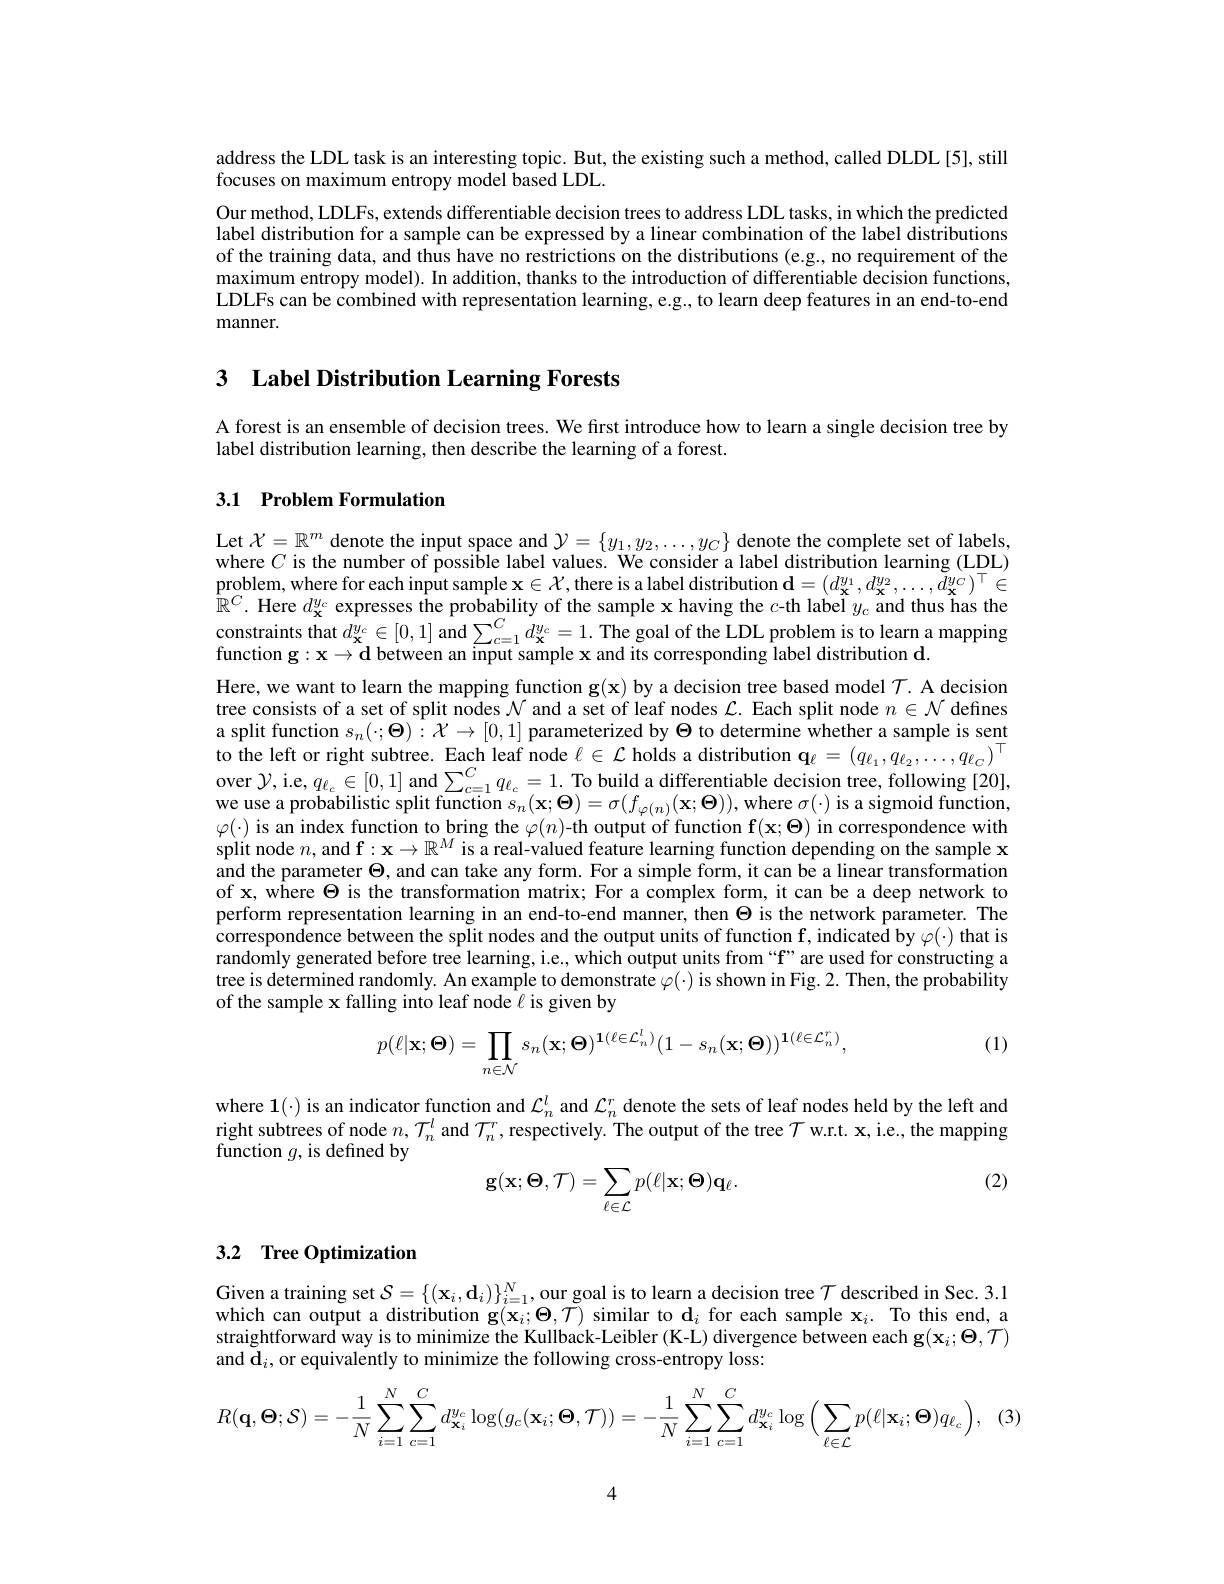
address the LDL task is an interesting topic. But, the existing such a method, called DLDL[5], still
focuses on maximum entropy model based LDL.
Our method, LDLFs, extends differentiable decision trees to address LDL tasks, in which the predicted label distribution for a sample can be expressed by a linear combination of the label distributions of the training data, and thus have no restrictions on the distributions (e.g., no requirement of the maximum entropy model). In addition, thanks to the introduction of differentiable decision functions, LDLFs can be combined with representation learning, e.g., to learn deep features in an end-to-end manner.

3 Label Distribution Learning Forests

A forest is an ensemble of decision trees. We first introduce how to learn a single decision tree by
label distribution learning, then describe the learning of a forest.

## 3.1 Problem Formulation

Let $\mathcal{X}=\mathbb{R}^m$ denote the input space and $\mathcal{Y}=\{y_1,y_2,\ldots,y_C\}$ denote the complete set of labels, where $C$ is the number of possi$\hat{\text{ble label values. We consider a label distribution learning (LDL)}}$ $\underset{\mathbb{m}C}{\operatorname*{\operatorname*{\operatorname*{\operatorname*{problem,~where~for~each~input~sample~x\in\mathcal{X},\mathrm{there~is~a~label~distribution~d=(d_{\mathbf{x}}^{y_{1}},d_{\mathbf{x}}^{y_{2}},\ldots,d_{\mathbf{x}}^{y_{c}})^{\top}\in}}}}}}$ $\bar{\mathbb{R}}^C.$ Here $d_\mathbf{x}^{y_c}$ expresses the probability of the sample x having the $c$-th label $y_c$ and thus has the constraints that $\hat{d_{\mathbf{x}}^{y_{c}}\in[0,1]\text{ and}\sum_{c=1}^{C}d_{\mathbf{x}}^{y_{c}}=1.\text{ The goal of the LDL problem is to learn a mapping}}$ function $\mathbf{g}:\mathbf{x}\to\mathbf{d}$ between an input sample x and its corresponding label distribution d.
Here, we want to learn the mapping function $\mathbf{g}(\mathbf{x})$ by a decision tree based model $\mathcal{T}.$ A decision tree consists of a set of split nodes $\mathcal{N}$ and a set of leaf nodes $\mathcal{L}.$ Each split node $n\in\mathcal{N}$ defines a split function $s_n(\cdot;\Theta):\mathcal{X}\to[0,1]$ parameterized by $\Theta$ to determine whether a sample is sent to the left or right subtree. Each leaf node $\ell\in\mathcal{L}$ holds a distribution q$\ell=(q_{\ell_1},q_{\ell_2},\ldots,q_{\ell_C})^\top$ over $\mathcal{Y}$,i.e, $q_{\ell_{c}}\in[0,1]$ and $\sum_c=1^{C}q_{\ell_{c}}=1.$ To build a differentiable decision tree, following [20], we use a probabilistic split function $s_n(\mathbf{x};\mathbf{\Theta})=\sigma(f_{\varphi(n)}(\mathbf{x};\mathbf{\Theta}))$, where $\sigma(\cdot)$ is a sigmoid function, $\varphi(\cdot)$ is an index function to bring the $\varphi(n)$-th output of function $\mathbf{f}(\mathbf{x};\mathbf{\Theta})$ in correspondence with split node $n$, and $\mathbf{f}:\mathbf{x}\to\mathbb{R}^M$ is a real-valued feature learning function depending on the sample x and the parameter $\Theta$, and can take any form. For a simple form, it can be a linear transformation of x, where $\Theta$ is the transformation matrix; For a complex form, it can be a deep network to perform representation learning in an end-to-end manner, then $\Theta$ is the network parameter. The correspondence between the split nodes and the output units of function $\mathbf{f} , \hat {\text{indicated by }\varphi }( \cdot )$ that is randomly generated before tree learning, i.e., which output units from “f”are used for constructing a tree is determined randomly. An example to demonstrate $\varphi(\cdot)$ is shown in Fig. 2. Then, the probability of the sample x falling into leaf node $\ell$ is given by
$$p(\ell|\mathbf{x};\mathbf{\Theta})=\prod\limits_{n\in\mathcal{N}}s_n(\mathbf{x};\mathbf{\Theta})^{\mathbf{1}(\ell\in\mathcal{L}_n^l)}(1-s_n(\mathbf{x};\mathbf{\Theta}))^{\mathbf{1}(\ell\in\mathcal{L}_n^r)},$$
(1)

where $\mathbf{1}(\cdot)$ is an indicator function and $\mathcal{L}_n^l$ and $\mathcal{L}_n^r$ denote the sets of leaf nodes held by the left and right subtrees of node $n,T_n^l$ and $\mathcal{T}_n^r$,respectively. The output of the tree $\mathcal{T}$ w.r.t. x, i.e., the mapping function $g$, is defined by
$$\mathbf{g}(\mathbf{x};\mathbf{\Theta},\mathcal{T})=\sum_{\ell\in\mathcal{L}}p(\ell|\mathbf{x};\mathbf{\Theta})\mathbf{q}_{\ell}.$$
(2)

## 3.2 Tree Optimization

Given a training set $\mathcal{S}=\{(\mathbf{x}_i,\mathbf{d}_i)\}_{i=1}^N$, our goal is to learn a decision tree $\mathcal{T}$ described in Sec. 3.1 which can output a distribution g$(\mathbf{x}_i;\Theta,\tilde{T})$ similar to $\mathbf{d}_i$ for each sample $\mathbf{x}_i.$ To this end, a straightforward way is to minimize the Kullback-Leibler (K-L) divergence between each $\mathbf{g}(\mathbf{x}_i;\Theta,\mathcal{T})$ and $\tilde{\mathbf{d}}_i$,or equivalently to minimize the following cross-entropy loss:

(3)
$$R(\mathbf{q},\Theta;\mathcal{S})=-\frac{1}{N}\sum_{i=1}^{N}\sum_{c=1}^{C}d_{\mathbf{x}_{i}}^{y_{c}}\log(g_{c}(\mathbf{x}_{i};\Theta,\mathcal{T}))=-\frac{1}{N}\sum_{i=1}^{N}\sum_{c=1}^{C}d_{\mathbf{x}_{i}}^{y_{c}}\log\Big(\sum_{\ell\in\mathcal{L}}p(\ell|\mathbf{x}_{i};\Theta)q_{\ell_{c}}\Big),$$
4